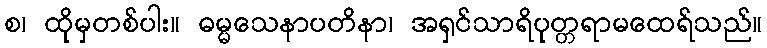
စ၊ ထိုမှတစ်ပါး။ ဓမ္မသေနာပတိနာ၊ အရှင်သာရိပုတ္တရာမထေရ်သည်။